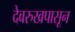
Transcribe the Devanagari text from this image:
देवरुखपासून